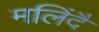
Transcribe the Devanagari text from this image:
मलिंदै